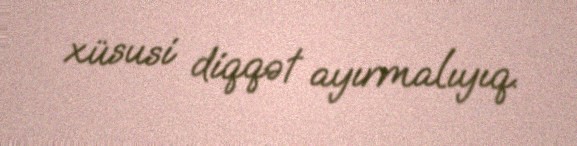
xüsusi diqqət ayırmalıyıq.